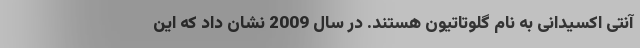
آنتی اکسیدانی به نام گلوتاتیون هستند. در سال 2009 نشان داد که این